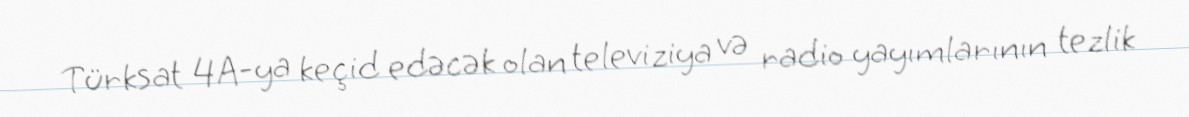
Türksat 4A-ya keçid edəcək olan televiziya və radio yayımlarının tezlik